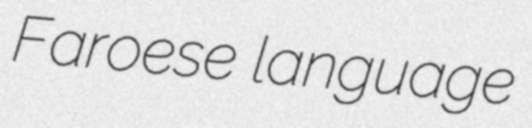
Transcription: Faroese language